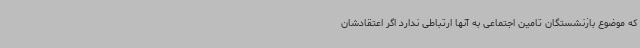
که موضوع بازنشستگان تامین اجتماعی به آنها ارتباطی ندارد اگر اعتقادشان